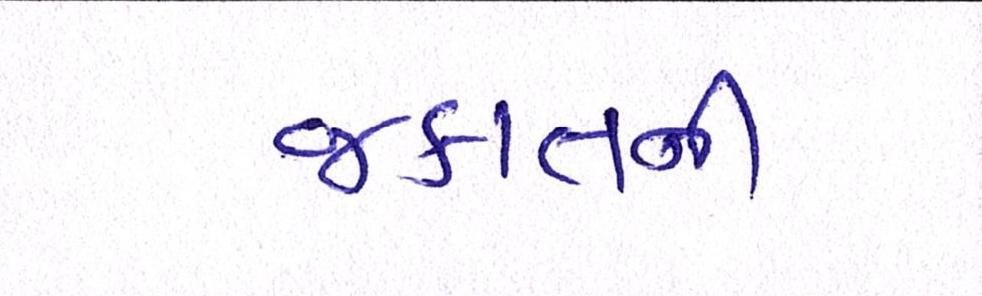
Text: જકાતની